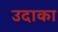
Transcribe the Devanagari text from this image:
उदाका